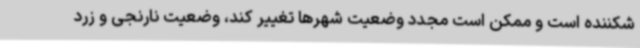
شکننده است و ممکن است مجدد وضعیت شهرها تغییر کند، وضعیت نارنجی و زرد